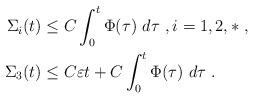
LaTeX: \begin{align*} \Sigma_i(t) & \leq C \int_0^t \Phi(\tau) \ d\tau \ , i = 1,2,* \ , \\\Sigma_3(t) & \leq C\varepsilon t + C \int_0^t \Phi(\tau) \ d\tau \ . \\\end{align*}